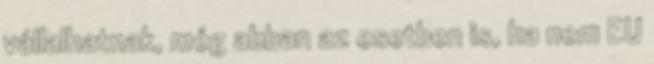
vállalhatnak, még abban az esetben is, ha nem EU